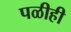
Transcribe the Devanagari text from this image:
पळीही